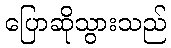
ပြောဆိုသွားသည်